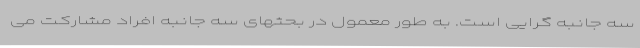
سه جانبه گرایی است. به طور معمول در بحثهای سه جانبه افراد مشارکت می